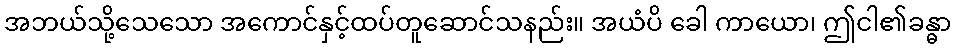
အဘယ်သို့သေသော အကောင်နှင့်ထပ်တူဆောင်သနည်း။ အယံပိ ခေါ ကာယော၊ ဤငါ၏ခန္ဓာ